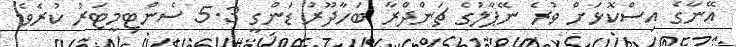
އޭނާގެ އިސްކޮޅަށް ވުރެ ނޭޕާލުގެ ޗަންދްރާ ބަހާދޫރު ޑަންގީ 5.3 ސެންޓިމީޓަރު ކުރެވެ.